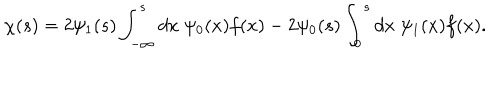
\chi ( s ) = 2 \psi _ { 1 } ( s ) \int _ { - \infty } ^ { s } d x \; \psi _ { 0 } ( x ) f ( x ) - 2 \psi _ { 0 } ( s ) \int _ { 0 } ^ { s } d x \; \psi _ { 1 } ( x ) f ( x ) .